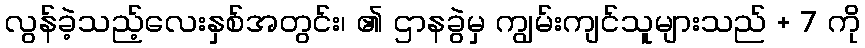
လွန်ခဲ့သည့်လေးနှစ်အတွင်း၊ ၏ ဌာနခွဲမှ ကျွမ်းကျင်သူများသည် + 7 ကို